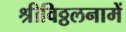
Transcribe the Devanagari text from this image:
श्रीविठ्ठलनामें